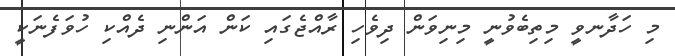
މި ހަދާނވީ މިތިބެވުނީ މިނިވަން ދިވެހި ރާއްޖެގައި ކަން އަންނި ދެއްކި ހުވަފެނަކީ